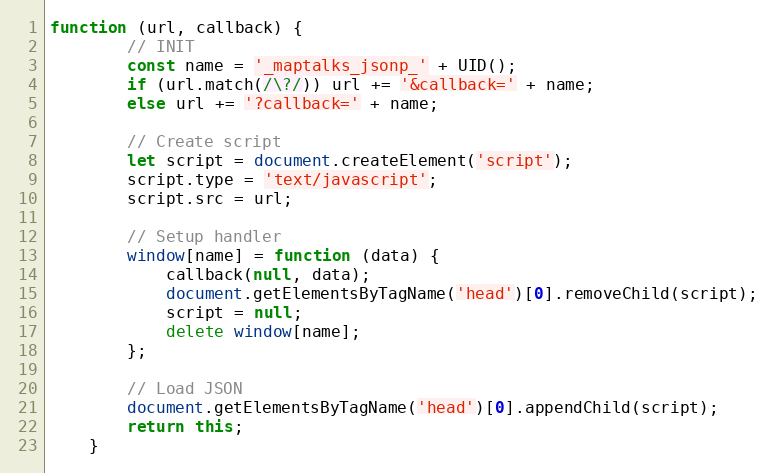
Language: JavaScript
function (url, callback) {
        // INIT
        const name = '_maptalks_jsonp_' + UID();
        if (url.match(/\?/)) url += '&callback=' + name;
        else url += '?callback=' + name;

        // Create script
        let script = document.createElement('script');
        script.type = 'text/javascript';
        script.src = url;

        // Setup handler
        window[name] = function (data) {
            callback(null, data);
            document.getElementsByTagName('head')[0].removeChild(script);
            script = null;
            delete window[name];
        };

        // Load JSON
        document.getElementsByTagName('head')[0].appendChild(script);
        return this;
    }